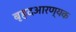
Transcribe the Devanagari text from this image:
बृहदआरण्यक